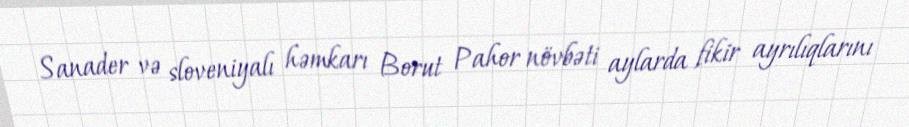
Sanader və sloveniyalı həmkarı Borut Pahor növbəti aylarda fikir ayrılıqlarını